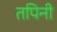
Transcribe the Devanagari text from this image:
तपिनी